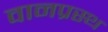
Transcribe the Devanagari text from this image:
वानप्रस्‍थ